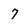
Character: 7